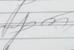
Signature authenticity: genuine